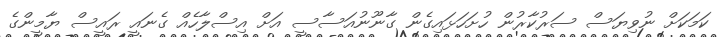
ކަމަކަށް ނުވިޔަސް ސަރުކާރުން ހުށަހަޅައިގެން ގާނޫނުއަސާސީ އަށް އިސްލާހެއް ގެނައީ ރައީސް ޔާމީންގެ